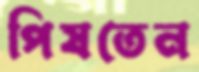
পিষতেন